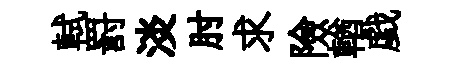
軾罸淡肘求險輶戯